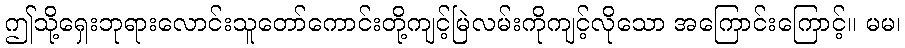
ဤသို့ရှေးဘုရားလောင်းသူတော်ကောင်းတို့ကျင့်မြဲလမ်းကိုကျင့်လိုသော အကြောင်းကြောင့်။ မမ၊